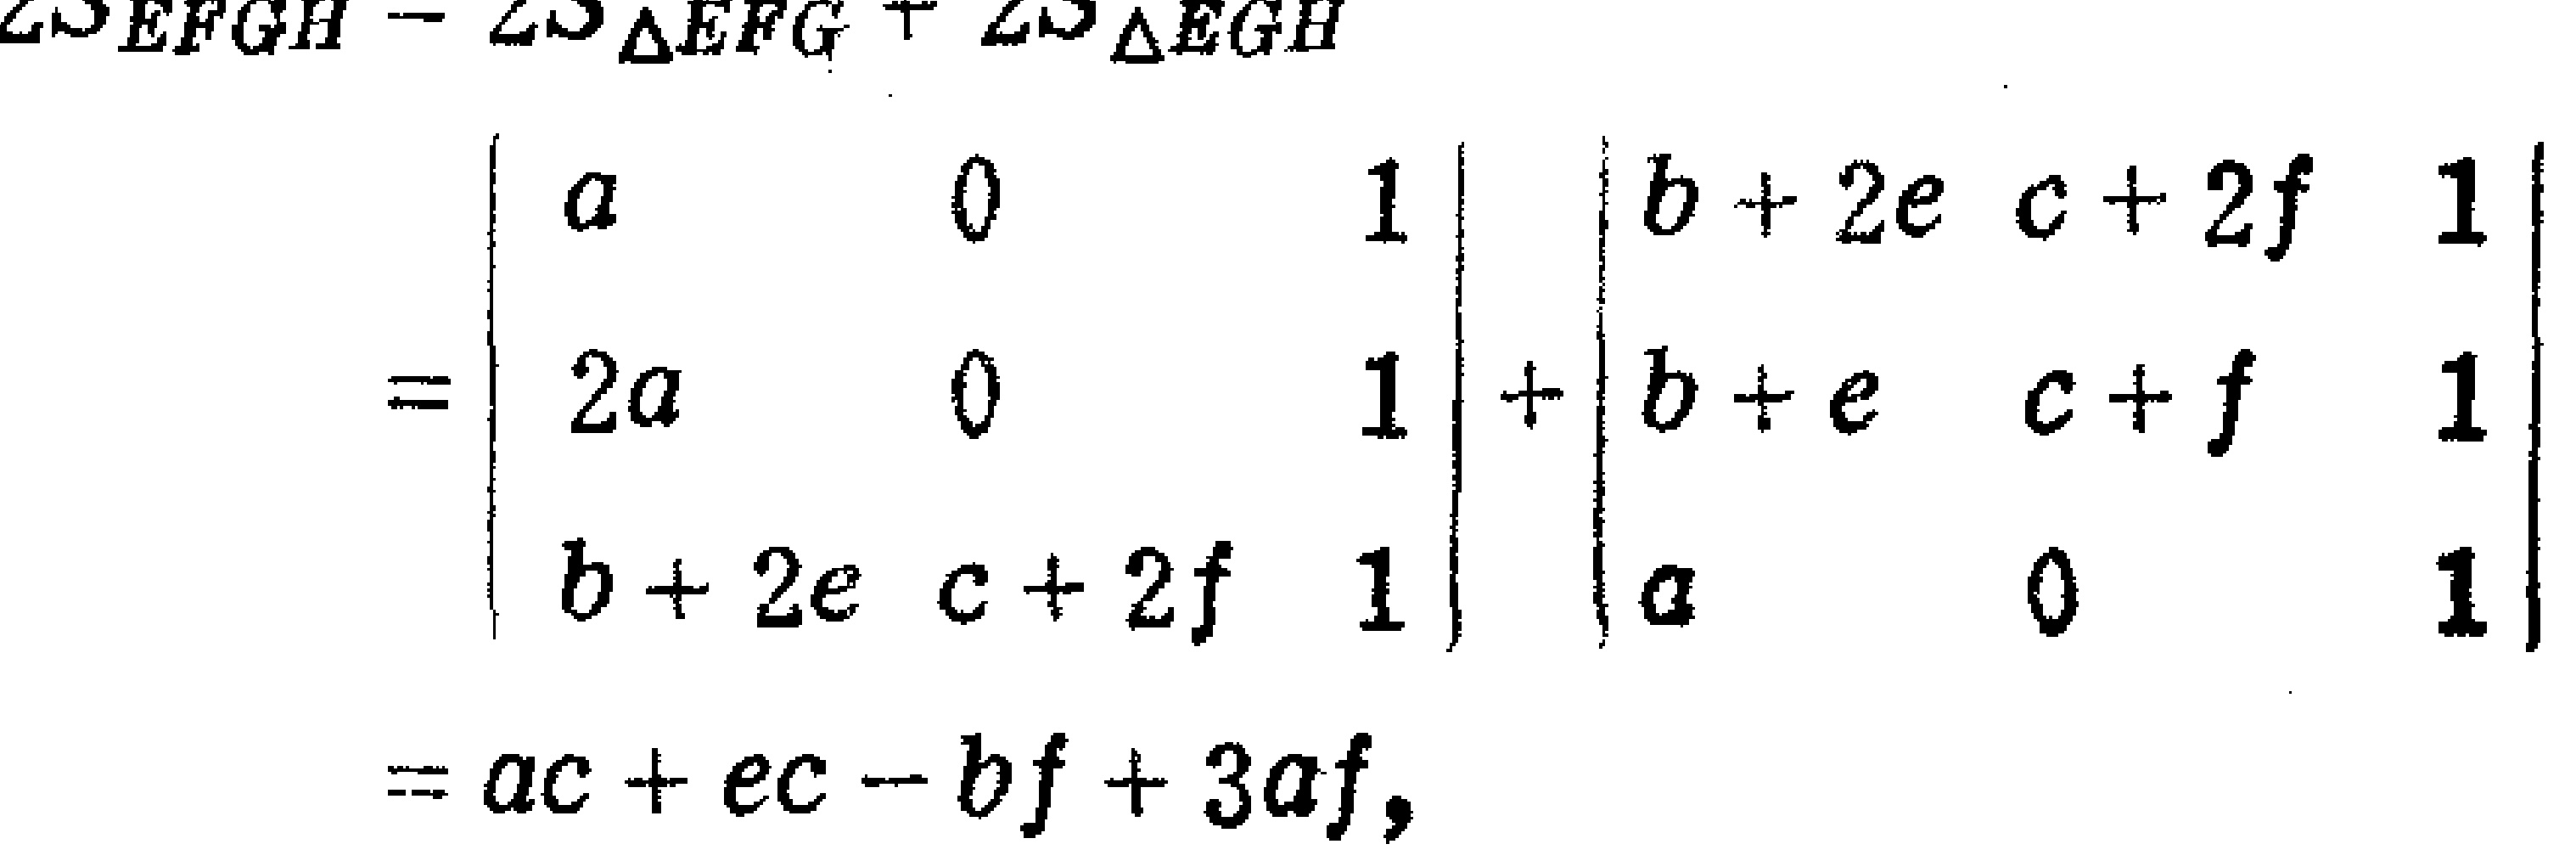
\[
\begin{align*}
\parallelogram EFGH - \parallelogram_{\triangle EFG}+\parallelogram_{\triangle EGH}&=
\begin{vmatrix}
a&0&1\\
2a&0&1\\
b + 2e&c + 2f&1
\end{vmatrix}+
\begin{vmatrix}
b + 2e&c + 2f&1\\
b + e&c + f&1\\
a&0&1
\end{vmatrix}\\
&=ac + ec - bf+3af,
\end{align*}
\]